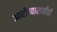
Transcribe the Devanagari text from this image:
आरोग्यासाठीची